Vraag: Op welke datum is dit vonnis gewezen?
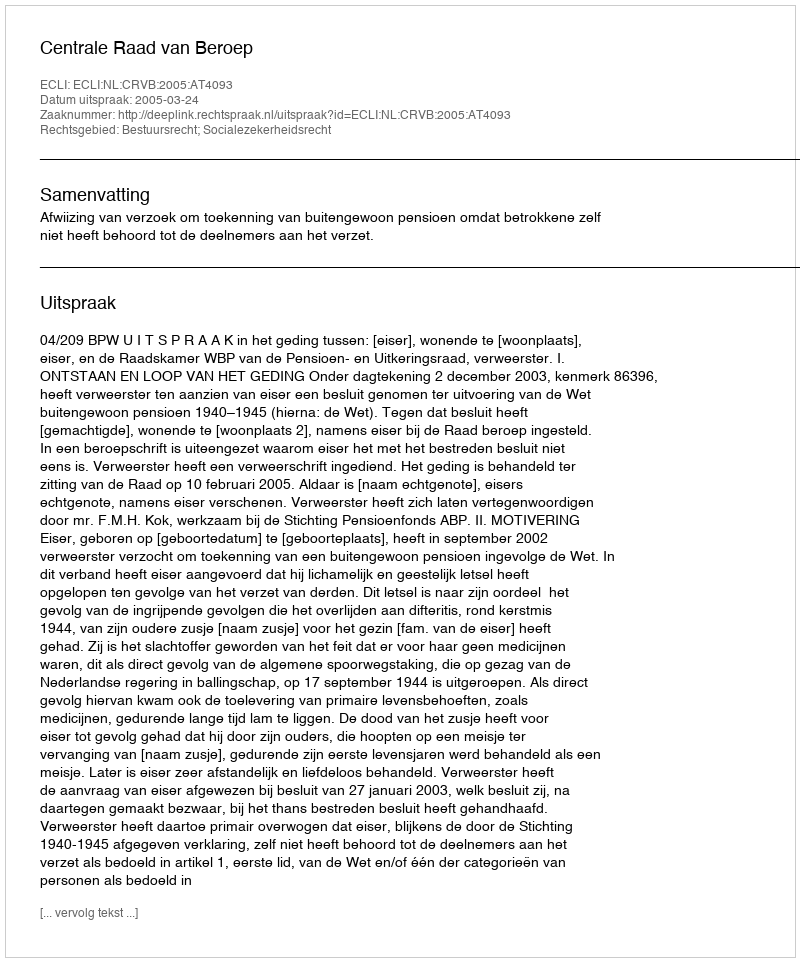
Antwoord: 2005-03-24